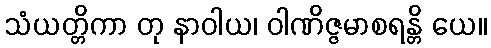
သံယတ္တိကာ တု နာဝါယ၊ ဝါဏိဇ္ဇမာစရန္တိ ယေ။